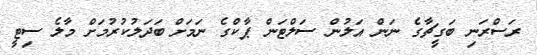
ރަސްރަނި ބަގީޗާގެ ނަން އަލުން ސަލްޓަން ޕާކްގެ ނަމަށް ބަދަލުކުރުމަށް މާލެ ސިޓީ